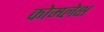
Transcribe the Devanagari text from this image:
कोम्प्लेक्ष